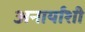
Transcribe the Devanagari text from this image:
अनार्यांशी